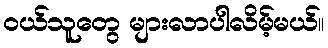
ဝယ်သူတွေ များလာပါလိမ့်မယ်။